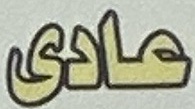
عادی